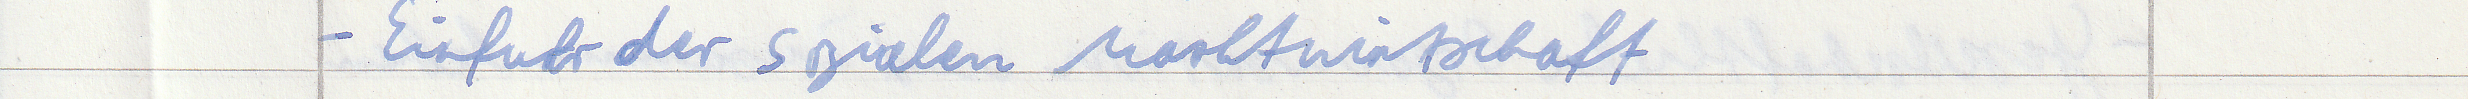
- Einfuhr der sozialen Marktwirtschaft